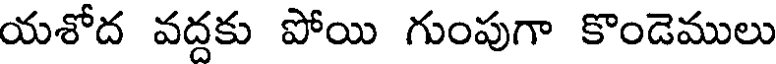
యశోద వద్దకు పోయి గుంపుగా కొండెములు